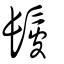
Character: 髲